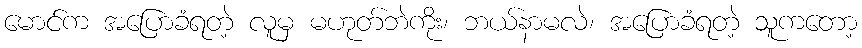
မောင်က အပြောခံရတဲ့ လူမှ မဟုတ်ဘဲကိုး၊ ဘယ်နာမလဲ၊ အပြောခံရတဲ့ သူကတော့